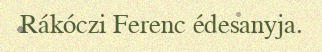
Rákóczi Ferenc édesanyja.